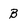
Character: B